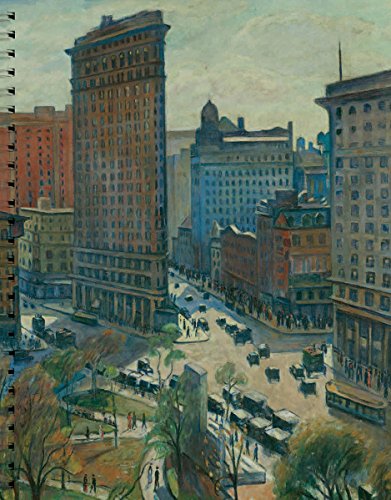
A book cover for New York in Art 2016 Engagement Calendar; Metropolitan Museum Of Art; Calendars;